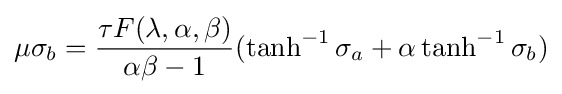
\mu \sigma _{b}={\frac {\tau F(\lambda ,\alpha ,\beta )}{\alpha \beta -1}}(\tanh ^{-1}\sigma _{a}+\alpha \tanh ^{-1}\sigma _{b})